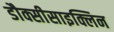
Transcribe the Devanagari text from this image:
डौक्सीसाइक्लिन